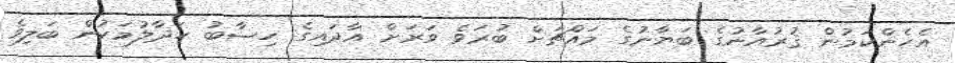
އެހެންކަމުން ޤުރުއާނުގެ ބަޔާނުގެ މައްޗަށް ބުރަވެ ވަރަށް އާދައިގެ ހިސާބު ހަދާލުމަކުން ބަލިވެ